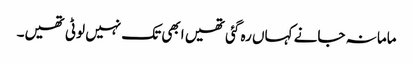
ماما نہ جانے کہاں رہ گئی تھیں ابھی تک نہیں لوٹی تھیں۔